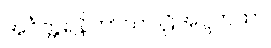
အင်္ဂတ္တရနိကာယပါဠိအဋ္ဌကထာ